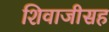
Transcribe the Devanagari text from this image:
शिवाजीसह